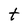
Character: t